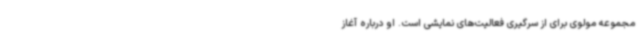
مجموعه مولوی برای از سرگیری فعالیت‌های نمایشی است. او درباره آغاز